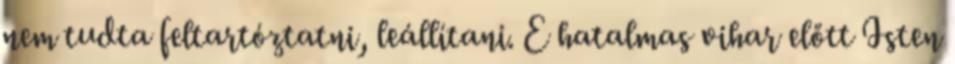
nem tudta feltartóztatni, leállítani. E hatalmas vihar előtt Isten